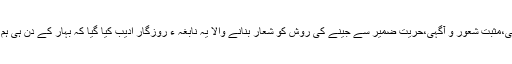
ادب میں حریت فکر،روشن خیالی،مثبت شعور و آگہی،حریت ضمیر سے جینے کی روش کو شعار بنانے والا یہ نابغہ ء روزگار ادیب کیا گیا کہ بہار کے دن ہی ہم سے مستقل طور پر روٹھ گئے۔